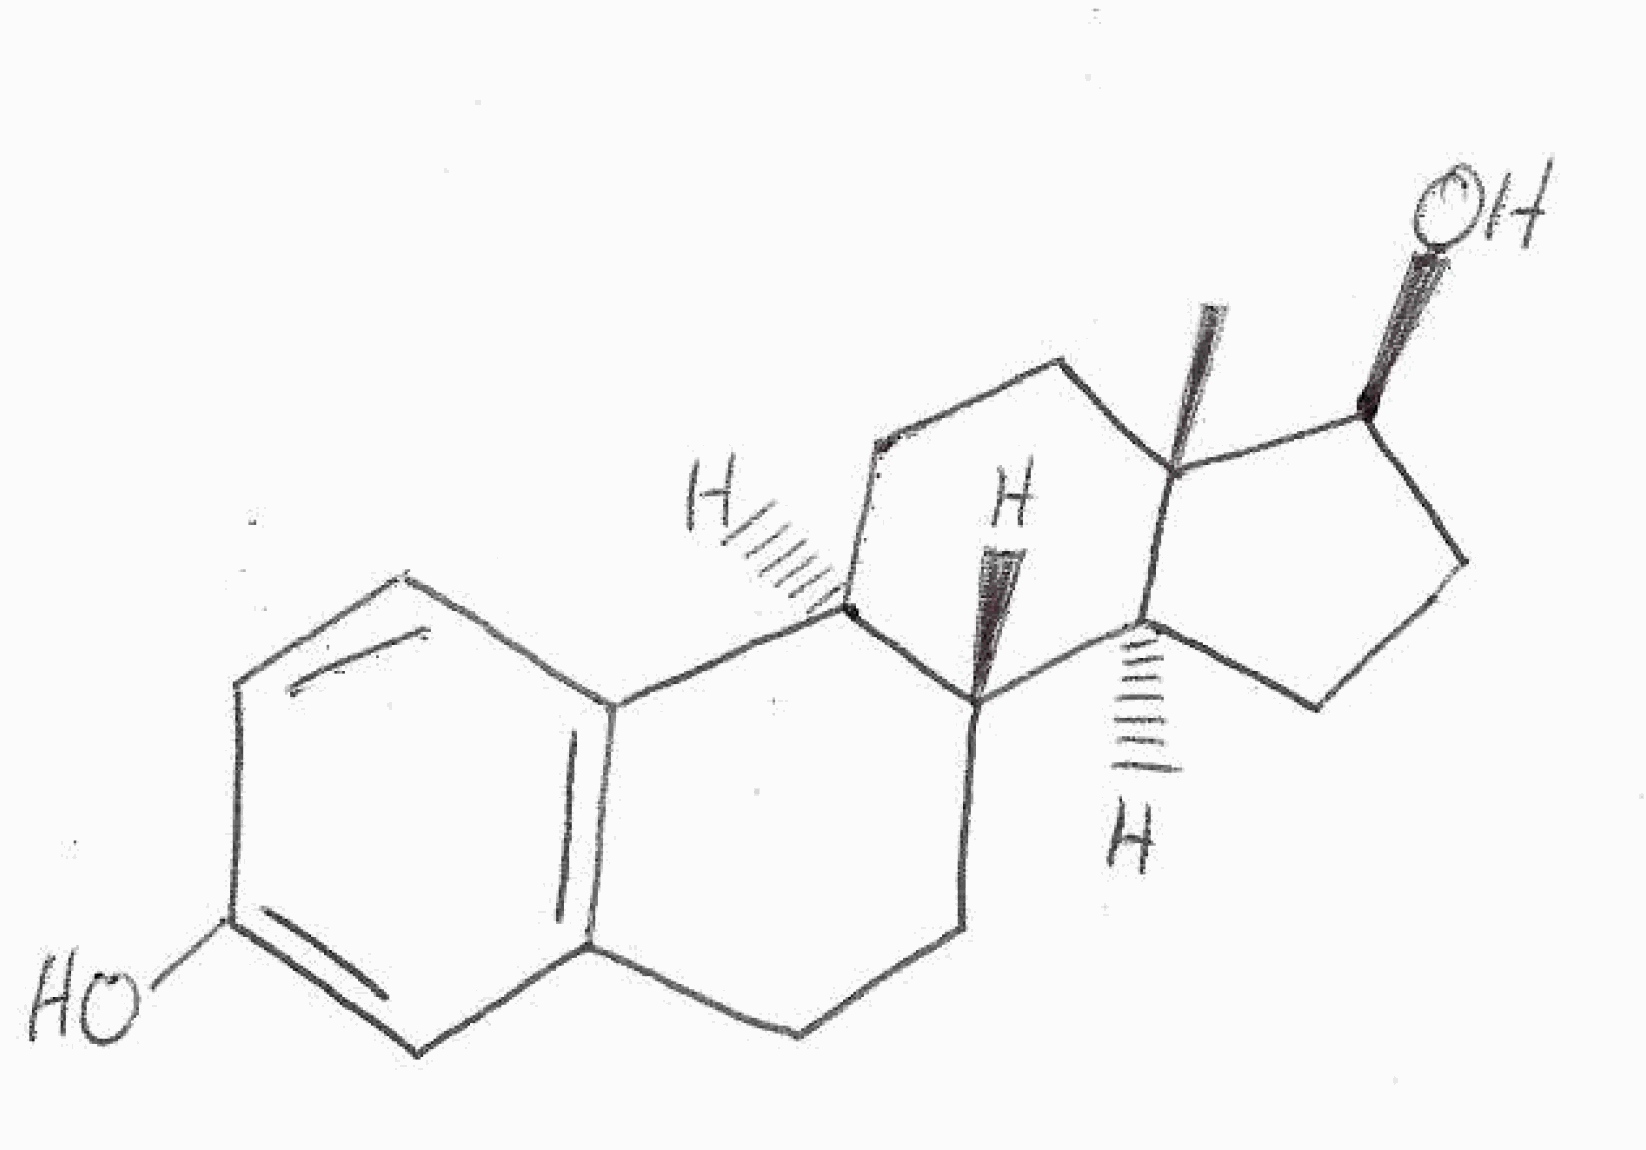
Simplified molecular-input line-entry system (SMILES) notation of the given molecule:
C[C@]12CC[C@H]3[C@H]([C@@H]1CC[C@@H]2O)CCC4=C3C=CC(=C4)O